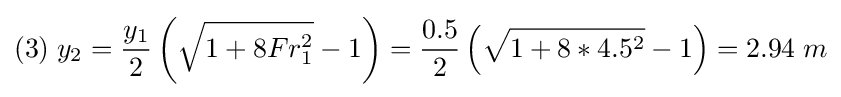
(3)\;y_{2}={\frac {y_{1}}{2}}\left({\sqrt {1+8Fr_{1}^{2}}}-1\right)={\frac {0.5}{2}}\left({\sqrt {1+8*4.5^{2}}}-1\right)=2.94\;m